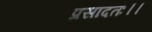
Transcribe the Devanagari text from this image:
प्रसादतः।।